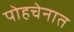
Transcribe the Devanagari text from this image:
पोहचेनात